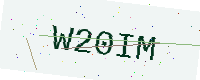
Text: W20IM